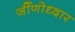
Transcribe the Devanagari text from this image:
र्जीणोध्दार